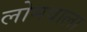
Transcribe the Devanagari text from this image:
लोमवाला